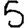
Digit: 5